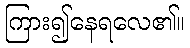
ကြား၍နေရလေ၏။